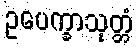
ဥပေက္ခာသုတ္တံ